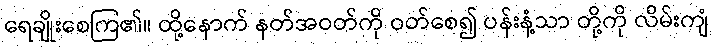
ရေချိုးစေကြ၏။ ထို့နောက် နတ်အဝတ်ကို ဝတ်စေ၍ ပန်းနံ့သာ တို့ကို လိမ်းကျံ